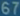
67